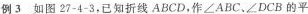
例3如图27-4-3，已知折线ABCD，作∠ABC、∠DCB的平